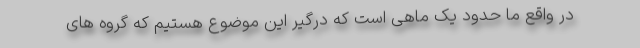
در واقع ما حدود یک ماهی است که درگیر این موضوع هستیم که گروه های